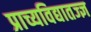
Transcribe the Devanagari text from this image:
प्राच्यविद्यातज्ज्ञ